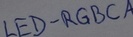
Text: LED-RGBCA